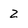
Character: Z